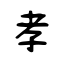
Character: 孝